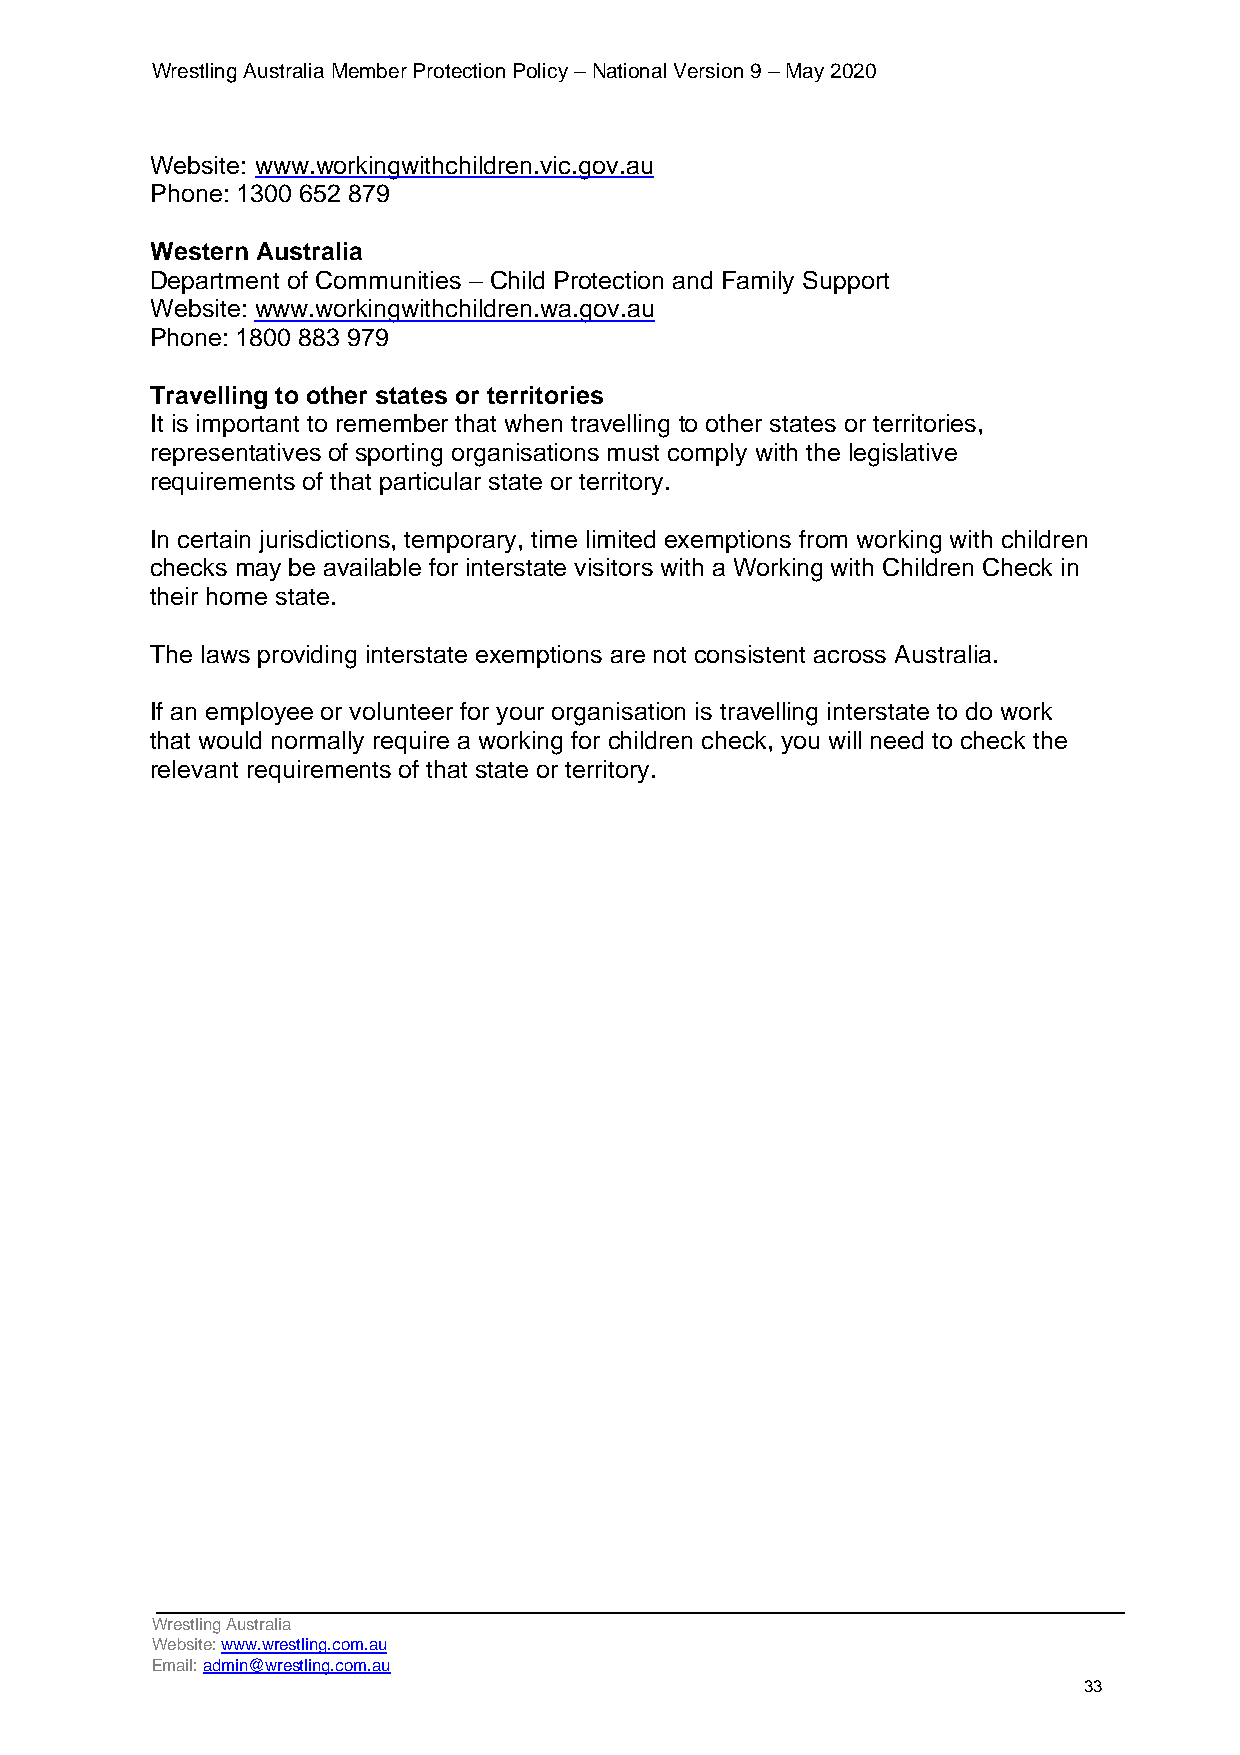
Wrestling Australia Member Protection Policy – National Version 9 – May 2020
 Website: www.workingwithchildren.vic.gov.au
 Phone: 1300 652 879
 Western Australia
 Department of Communities – Child Protection and Family Support
 Website: www.workingwithchildren.wa.gov.au
 Phone: 1800 883 979
 Travelling to other states or territories
 It is important to remember that when travelling to other states or territories,
 representatives of sporting organisations must comply with the legislative
 requirements of that particular state or territory.
 In certain jurisdictions, temporary, time limited exemptions from working with children
 checks may be available for interstate visitors with a Working with Children Check in
 their home state.
 The laws providing interstate exemptions are not consistent across Australia.
 If an employee or volunteer for your organisation is travelling interstate to do work
 that would normally require a working for children check, you will need to check the
 relevant requirements of that state or territory.
 Wrestling Australia
 Website: www.wrestling.com.au
 Email: admin@wrestling.com.au
 33